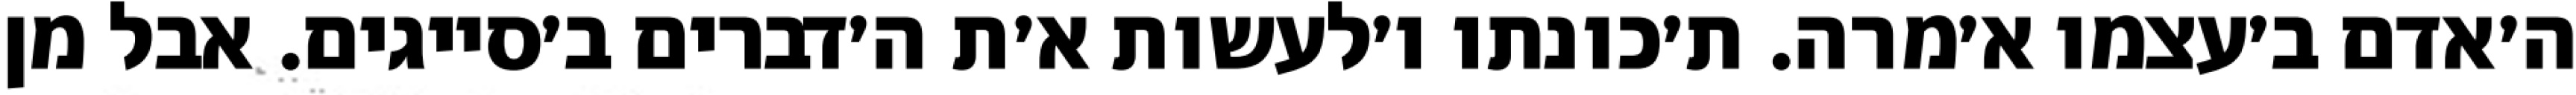
ה׳אדם ב׳עצמו א׳מרה. ת׳כונתו ו׳לעשות א׳ת ה׳דברים ב׳סייגים. אבל מן